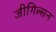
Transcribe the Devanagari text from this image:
जीगिल्सन